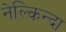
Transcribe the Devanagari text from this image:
नेल्किन्दा